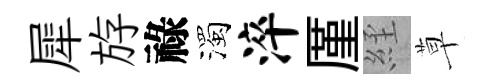
犀斿祿濁淬厪𦀇草